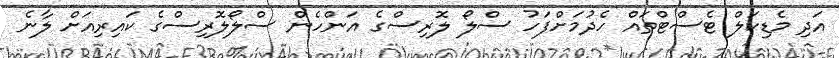
އަދި މެޑިކަލް ޓެސްޓްތައް ހެދުމަށްފަހު ސްލޯ ލޮރިސްގެ އަންހެން ސްލޯލޮރިސްގެ ކައިރިއަށް ލާނެ